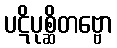
ပဋိပုစ္ဆိတဗ္ဗော